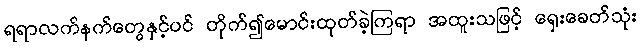
ရရာလက်နက်တွေနှင့်ပင် တိုက်၍မောင်းထုတ်ခဲ့ကြရာ အထူးသဖြင့် ရှေးခေတ်သုံး